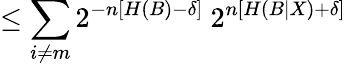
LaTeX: \leq\sum_{i\neq m}2^{-n\left[H\left(B\right)-\delta\right]}\ 2^{n\left[H\left(B|X\right)+\delta\right]}